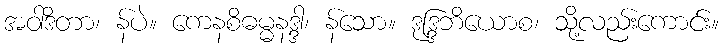
အဝါဒိတာ၊ န်ပဲ။ ကေနစိဓမ္မနဒ္ဒါ၊ န်သော။ ဒုဒ္ဒြဘိယောစ၊ သို့လည်းကောင်း။